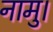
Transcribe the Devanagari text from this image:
नामु।